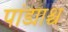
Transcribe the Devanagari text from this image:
पांड्याश्च